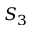
S _ { 3 }